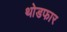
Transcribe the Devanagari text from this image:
थोडफार